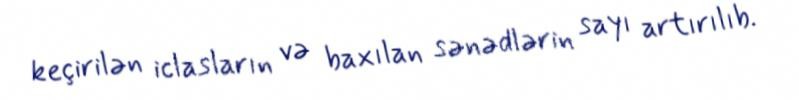
keçirilən iclasların və baxılan sənədlərin sayı artırılıb.